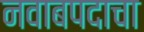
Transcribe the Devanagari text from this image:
नवाबपदाचा